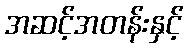
အဆင့်အတန်းနှင့်